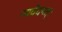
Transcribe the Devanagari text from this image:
न्यवेदयत्।